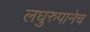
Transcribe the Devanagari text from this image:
लघुरुपानेच